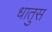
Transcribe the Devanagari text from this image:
धातुस